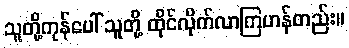
သူတို့ကုန်ပေါ် သူတို့ ထိုင်လိုက်လာကြဟန်တည်း။